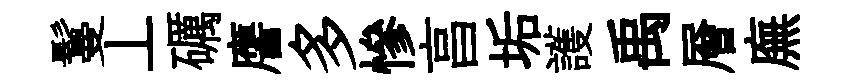
鬘丄礪譍多慘亯垢護禹層廡